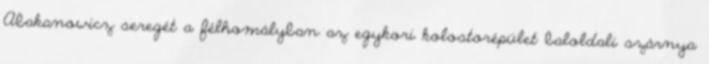
Abakanowicz seregét a félhomályban az egykori kolostorépület baloldali szárnya